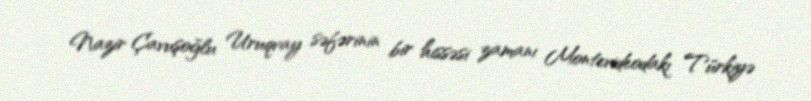
Nazir Çavuşoğlu Uruqvay səfərinin bir hissəsi zamanı Montevideodakı Türkiyə